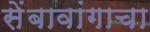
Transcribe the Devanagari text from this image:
सेंबावांगाचा